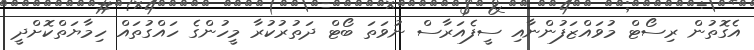
އެގޮތުން ރިސޯޓް މުވައްޒަފުންނާއި ސީފެއަރާސް ނުވަތަ ބޯޓް ދަތުރުކުރާ މީހުންގެ ހައްގުތައް ހިމާޔަތްކޮށްދީ